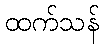
ထက်သန်